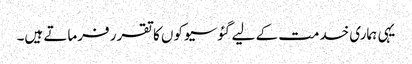
یہی ہماری خدمت کے لیے گئوسیوکوں کا تقرر فرماتے ہیں۔